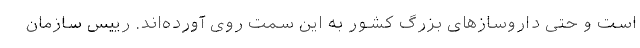
است و حتی داروسازهای بزرگ کشور به این سمت روی آورده‌اند. رییس سازمان